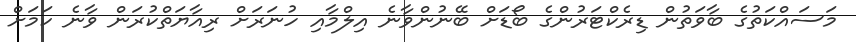
މަސައްކަތުގެ ބާވަތުން ޑިރެކްޓަރުންގެ ބޯޑަށް ބޭނުންވާނެ އިލްމާއި ހުނަރަށް ރިއާޔަތްކުރަން ވާނެ ކަމަށް